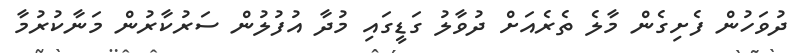
ދުވަހުން ފެށިގެން މާލެ ތެރެއަށް ދުވާލު ގަޑީގައި މުދާ އުފުލުން ސަރުކާރުން މަނާކުރުމާ